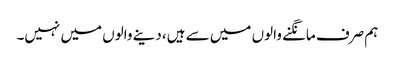
ہم صرف مانگنے والوں میں سے ہیں، دینے والوں میں نہیں۔